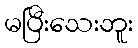
မပြီးသေးဘူး